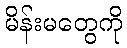
မိန်းမတွေကို